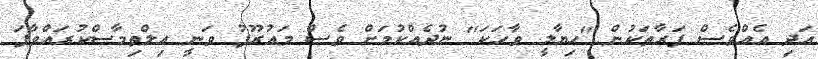
އަދި އެއްވެސް ފަރާތަކުން "ހިޔާލީ ވާހަކަ" ނުދެއްކުމަށް ވެސް މައުރޫފު ވަނީ އިލްތިމާސްކުރައްވާފަ